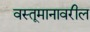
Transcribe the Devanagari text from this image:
वस्तूमानावरील